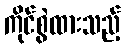
ကိုင်စွဲထားသည့်